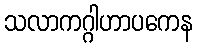
သလာကဂ္ဂါဟာပကေန